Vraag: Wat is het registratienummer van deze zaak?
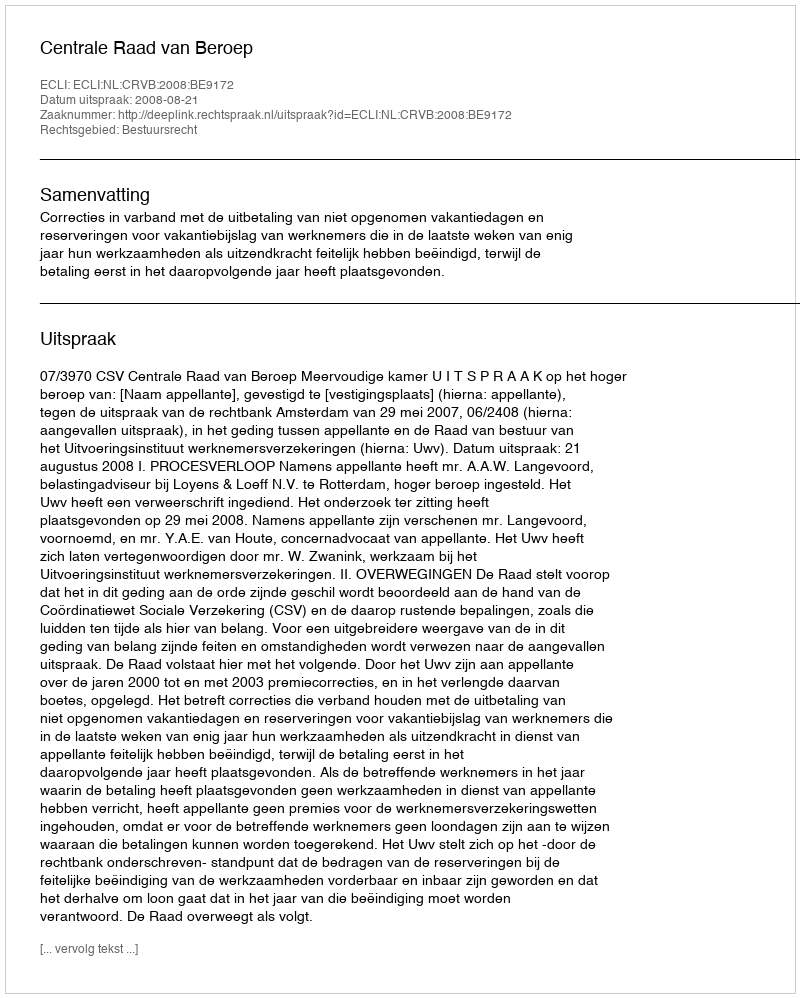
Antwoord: http://deeplink.rechtspraak.nl/uitspraak?id=ECLI:NL:CRVB:2008:BE9172